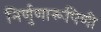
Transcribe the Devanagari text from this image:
निर्णुणारूपिणी